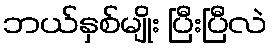
ဘယ်နှစ်မျိုး ပြီးပြီလဲ